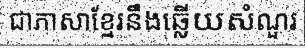
ជាភាសាខ្មែរនឹងឆ្លើយសំណួរ